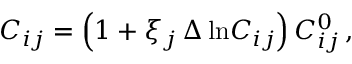
C _ { i j } = \left( 1 + \xi _ { j } \, \Delta \ln \! C _ { i j } \right) C _ { i j } ^ { 0 } \, ,